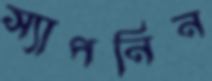
স্যাপনিন